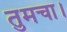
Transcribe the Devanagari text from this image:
तुमचा।